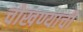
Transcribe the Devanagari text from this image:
चोखण्याची